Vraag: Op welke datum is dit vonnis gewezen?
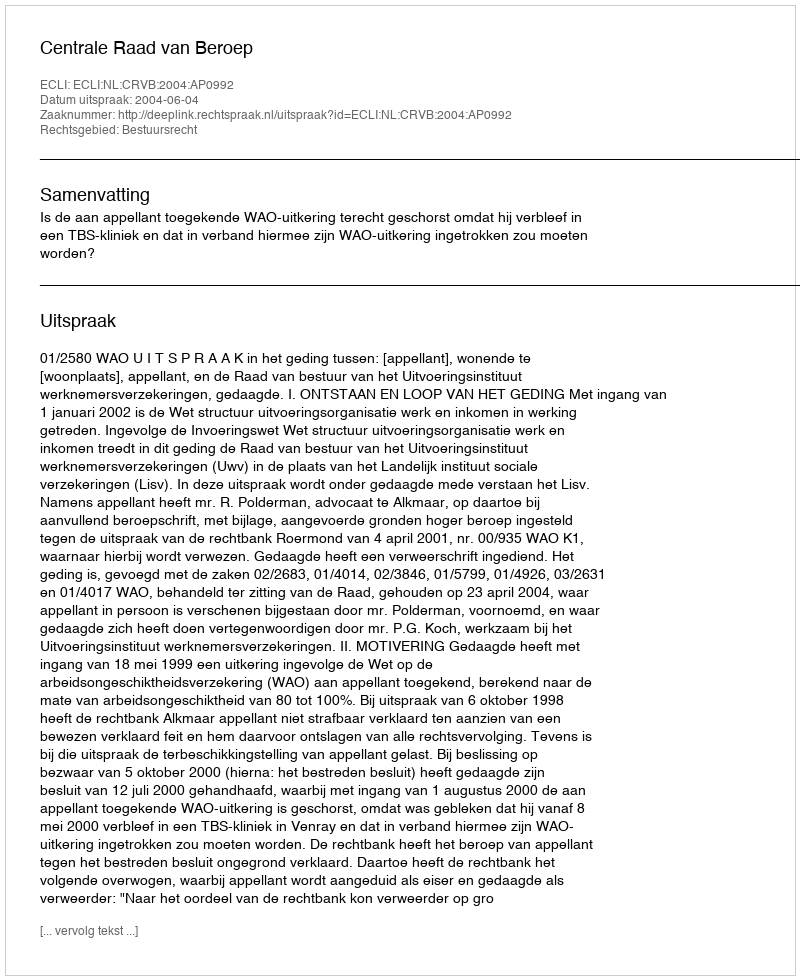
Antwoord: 2004-06-04